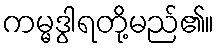
ကမ္မဒွါရတို့မည်၏။